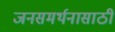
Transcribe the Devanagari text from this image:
जनसमर्थनासाठी